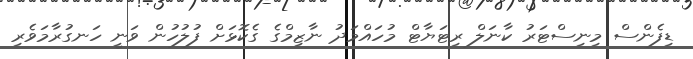
ޑިފެންސް މިނިސްޓަރު ކާނަލް ރިޓަޔާޓް މުހައްމަދު ނާޒިިމްގެ ގެކޮޅަށް ފުލުހުން ވަނީ ހަނގުރާމަވެރި